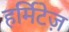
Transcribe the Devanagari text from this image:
हर्मिटेज़